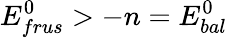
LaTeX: E_{frus}^{0}>-n=E_{bal}^{0}